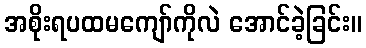
အစိုးရပထမကျော်ကိုလဲ အောင်ခဲ့ခြင်း။